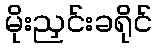
မိုးညှင်းခရိုင်